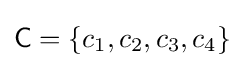
{\mathsf {C}}=\{c_{1},c_{2},c_{3},c_{4}\}